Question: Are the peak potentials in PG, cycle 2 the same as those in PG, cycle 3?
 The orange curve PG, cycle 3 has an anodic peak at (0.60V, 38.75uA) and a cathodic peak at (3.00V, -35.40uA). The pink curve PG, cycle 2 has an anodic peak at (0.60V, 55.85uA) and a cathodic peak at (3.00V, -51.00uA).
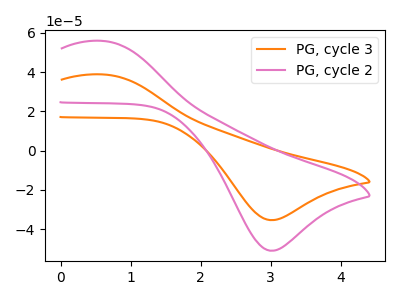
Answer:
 <answer>Yes, "PG, cycle 2" have a peak in "PG, cycle 3" at the same potential.</answer>
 <eval>match</eval>